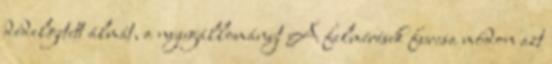
dédelgetett álmát, a nyugállományt A felmérések furcsa módon azt